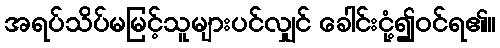
အရပ်သိပ်မမြင့်သူများပင်လျှင် ခေါင်းငုံ့၍ဝင်ရ၏။